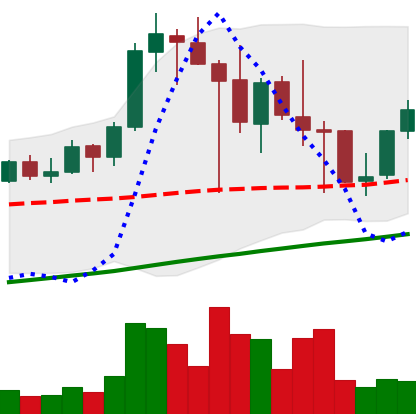
Ticker: LINK-USD
Chart end date: 2021-04-27
Forward return: 7.327%
Label: up_7plus